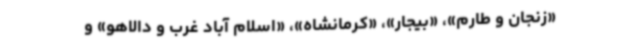
«زنجان و طارم»، «بیجار»، «کرمانشاه»، «اسلام آباد غرب و دالاهو» و